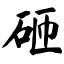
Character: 砸